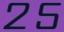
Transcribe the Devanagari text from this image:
२ऽ